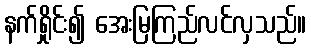
နက်ရှိုင်း၍ အေးမြကြည်လင်လှသည်။